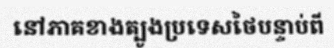
នៅភាគខាងត្បូងប្រទេសថៃបន្ទាប់ពី